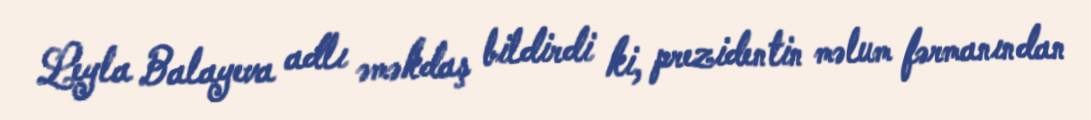
Leyla Balayeva adlı əməkdaş bildirdi ki, prezidentin məlum fərmanından